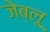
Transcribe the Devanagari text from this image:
जेब्‍लू